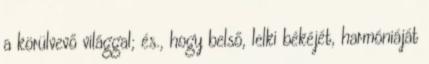
a körülvevő világgal; és., hogy belső, lelki békéjét, harmóniáját